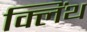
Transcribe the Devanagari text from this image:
क्लिंथ